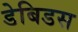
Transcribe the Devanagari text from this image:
डेबिडस